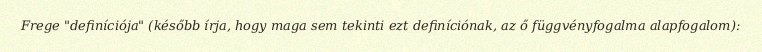
Frege "definíciója" (később írja, hogy maga sem tekinti ezt definíciónak, az ő függvényfogalma alapfogalom):